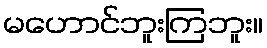
မဟောင်ဘူးကြဘူး။